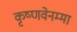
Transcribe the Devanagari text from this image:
कृष्णवेनम्मा